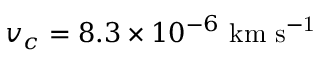
v _ { c } = 8 . 3 \times 1 0 ^ { - 6 } \ \mathrm { k m \ s ^ { - 1 } }